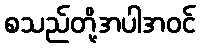
စသည်တို့အပါအဝင်